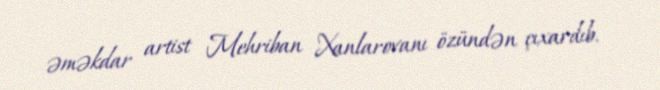
əməkdar artist Mehriban Xanlarovanı özündən çıxardıb.